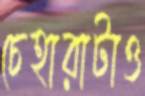
চেহারাটাও